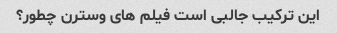
این ترکیب جالبی است فیلم های وسترن چطور؟